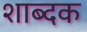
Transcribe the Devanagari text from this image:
शाब्दक